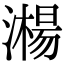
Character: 𣿘